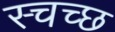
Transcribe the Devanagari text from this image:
स्चच्छ